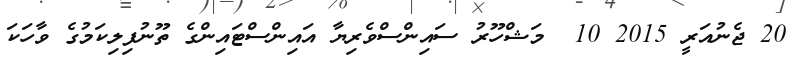
20 ޖެނުއަރީ 2015 10  މަޝްހޫރު ސައިންސްވެރިޔާ އައިންސްޓައިންގެ ތޫނުފިލިކަމުގެ ވާހަކަ